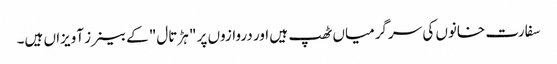
سفارت خانوں کی سرگرمیاں ٹھپ ہیں اور دروازوں پر " ہڑتال" کے بینرز آویزاں ہیں۔